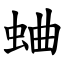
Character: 蛐